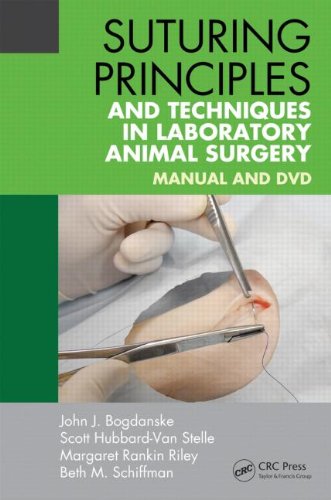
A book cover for Suturing Principles and Techniques in Laboratory Animal Surgery: Manual and DVD; John J. Bogdanske; Medical Books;